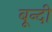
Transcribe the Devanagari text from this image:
बून्‍दी